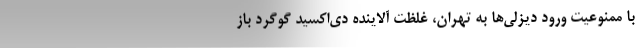
با ممنوعیت ورود دیزلی‌ها به تهران، غلظت آلاینده دی‌اکسید گوگرد باز